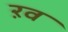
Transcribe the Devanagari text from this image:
ऱव